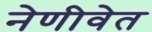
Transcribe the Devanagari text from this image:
नेणीवेत